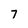
Character: 7